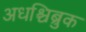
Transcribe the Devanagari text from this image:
अधश्चिब्रुक